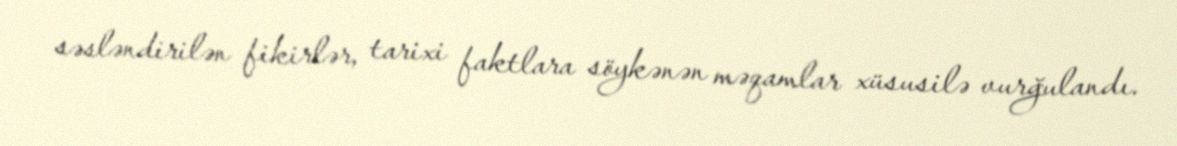
səsləndirilən fikirlər, tarixi faktlara söykənən məqamlar xüsusilə vurğulandı.